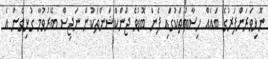
ނޮޅިވަރަންފަރުގެ ބައެއް ހިސާބުތަކުގައި ފެން ބޮޑުވެ ޖަންކްޝަންތަކުން ނަޖިސް ބޭރުވުމާ ގުޅިގެން އެ